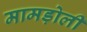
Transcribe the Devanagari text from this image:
मामड़ोली